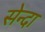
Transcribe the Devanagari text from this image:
सेन्दा